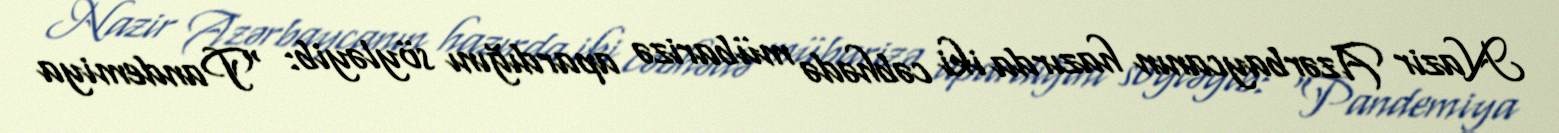
Nazir Azərbaycanın hazırda iki cəbhədə mübarizə apardığını söyləyib: “Pandemiya